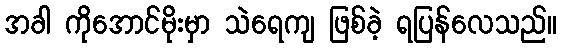
အခါ ကိုအောင်မိုးမှာ သဲရေကျ ဖြစ်ခဲ့ ရပြန်လေသည်။